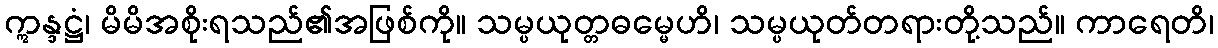
ဣန္ဒဋ္ဌံ၊ မိမိအစိုးရသည်၏အဖြစ်ကို။ သမ္ပယုတ္တဓမ္မေဟိ၊ သမ္ပယုတ်တရားတို့သည်။ ကာရေတိ၊